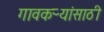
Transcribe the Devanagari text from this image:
गावकऱ्यांसाठी